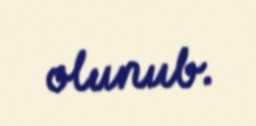
olunub.